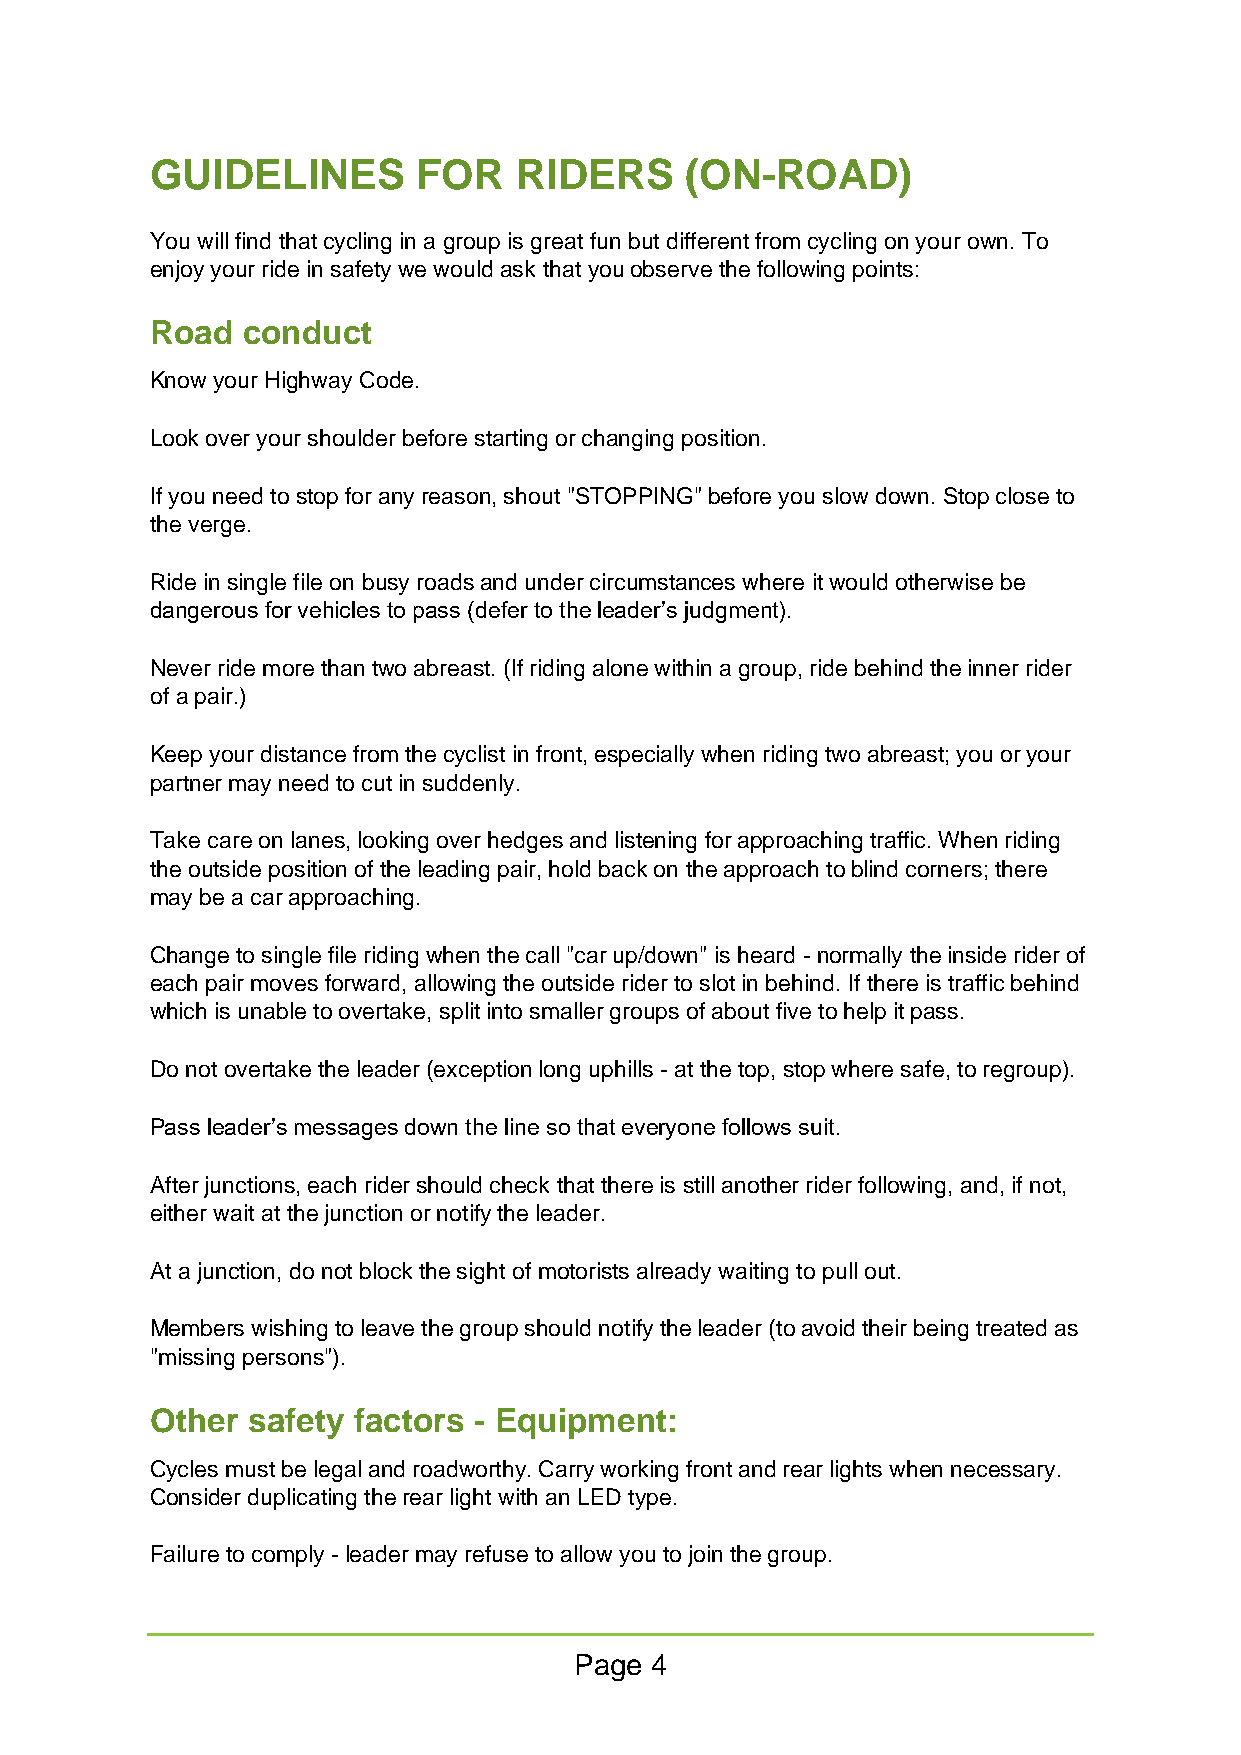
GUIDELINES        FOR   RIDERS     (ON-ROAD)
 You will find that cycling in a group is great fun but different from cycling on your own. To
 enjoy your ride in safety we would ask that you observe the following points:
 Road  conduct
 Know your Highway Code.
 Look over your shoulder before starting or changing position.
 If you need to stop for any reason, shout "STOPPING" before you slow down. Stop close to
 the verge.
 Ride in single file on busy roads and under circumstances where it would otherwise be
 dangerous for vehicles to pass (defer to the leader’s judgment).
 Never ride more than two abreast. (If riding alone within a group, ride behind the inner rider
 of a pair.)
 Keep your distance from the cyclist in front, especially when riding two abreast; you or your
 partner may need to cut in suddenly.
 Take care on lanes, looking over hedges and listening for approaching traffic. When riding
 the outside position of the leading pair, hold back on the approach to blind corners; there
 may be a car approaching.
 Change to single file riding when the call "car up/down" is heard - normally the inside rider of
 each pair moves forward, allowing the outside rider to slot in behind. If there is traffic behind
 which is unable to overtake, split into smaller groups of about five to help it pass.
 Do not overtake the leader (exception long uphills - at the top, stop where safe, to regroup).
 Pass leader’s messages down the line so that everyone follows suit.
 After junctions, each rider should check that there is still another rider following, and, if not,
 either wait at the junction or notify the leader.
 At a junction, do not block the sight of motorists already waiting to pull out.
 Members wishing to leave the group should notify the leader (to avoid their being treated as
 "missing persons").
 Other safety factors - Equipment:
 Cycles must be legal and roadworthy. Carry working front and rear lights when necessary.
 Consider duplicating the rear light with an LED type.
 Failure to comply - leader may refuse to allow you to join the group.
 Page 4